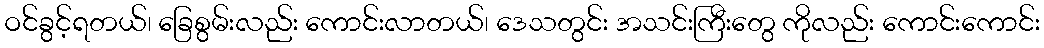
ဝင်ခွင့်ရတယ်၊ ခြေစွမ်းလည်း ကောင်းလာတယ်၊ ဒေသတွင်း အသင်းကြီးတွေ ကိုလည်း ကောင်းကောင်း